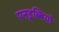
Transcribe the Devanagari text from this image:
पनडुब्बियो